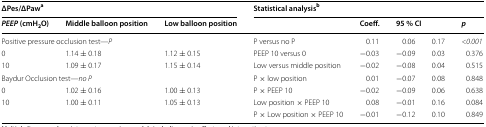
| <COLSPAN=3> ΔPes/ΔPawa | <COLSPAN=5> Statistical analysisb |
 | PEEP (cmH2O) | Middle balloon position | Low balloon position |  | Coeff. | <COLSPAN=2> 95 % CI | p |
 | --- | --- | --- | --- | --- | --- | --- | --- |
 | <COLSPAN=3> Positive pressure occlusion test—P | P versus no P | 0.11 | 0.06 | 0.17 | <0.001 |
 | 0 | 1.14 ± 0.18 | 1.12 ± 0.15 | PEEP 10 versus 0 | −0.03 | −0.09 | 0.03 | 0.376 |
 | 10 | 1.09 ± 0.17 | 1.15 ± 0.14 | Low versus middle position | −0.02 | −0.08 | 0.04 | 0.515 |
 | <COLSPAN=3> Baydur Occlusion test—no P | P × low position | 0.01 | −0.07 | 0.08 | 0.848 |
 | 0 | 1.02 ± 0.16 | 1.00 ± 0.13 | P × PEEP 10 | −0.02 | −0.09 | 0.06 | 0.638 |
 | 10 | 1.00 ± 0.11 | 1.05 ± 0.13 | Low position × PEEP 10 | 0.08 | −0.01 | 0.16 | 0.084 |
 |  |  |  | P × Low position × PEEP 10 | −0.01 | −0.12 | 0.10 | 0.849 |